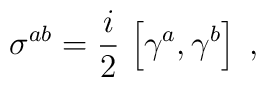
\sigma^{a b} = \frac{i}{2} \,\left[\gamma^a, \gamma^b \right] \; ,